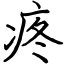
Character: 疼